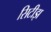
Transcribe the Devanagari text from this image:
सिटीझ